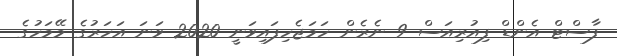
ފާސްޓް އެންޑް ފިއުރިއަސް 9 ނެރެން ހަމަޖެހިފައިވަނީ 2020 ވަނަ އަހަރުގެ މޭމަހުގެ